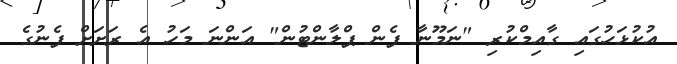
އުކުޅަހުގައި ގާއިމްކުރި "ނަމޫނާ ފެން ޕްލާންޓުން" އަންނަ މަހު އެ ރަށަށް ފެނުގެ